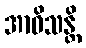
အာဝိသန္တိ